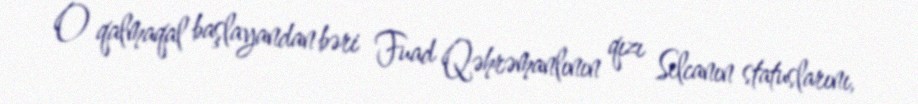
O qalmaqal başlayandan bəri Fuad Qəhrəmanlının qızı Selcanın statuslarını,